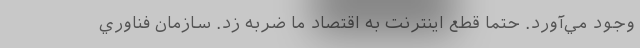
وجود مي‌آورد. حتما قطع اينترنت به اقتصاد ما ضربه زد. سازمان فناوري